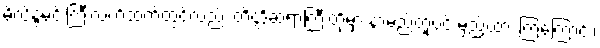
မိလိန္ဒမင်းကြီးလက်ထက်တွင်လည်း တိတ္ထိဆရာကြီးတို့မှာ နာမည်တူပင် မှည့်ထား ကြကြောင်း၊